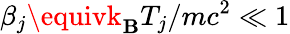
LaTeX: \beta_{j}\equivk_{\mathbf{B}}T_{j}/mc^{2}\ll1